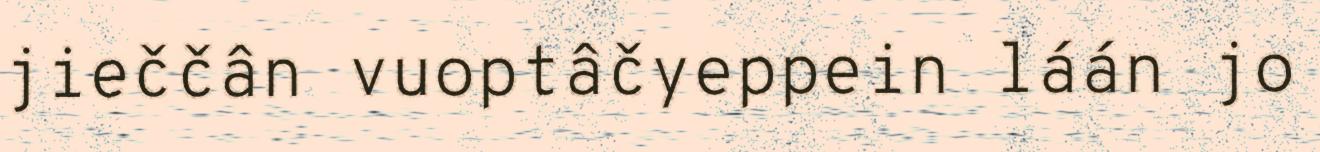
jieččân vuoptâčyeppein láán jo